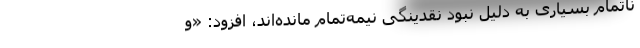
ناتمام بسیاری به دلیل نبود نقدینگی نیمه‌تمام مانده‌اند، افزود: «و